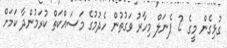
ގުޅިގެން މީގެ 2 ޕެނަލް މިހާރު ވަގުތުން ހެދުމުގެ މަސައްކަތް ކުރަމުންދާ ކަމަށް